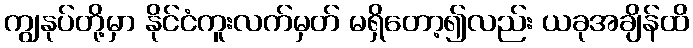
ကျွနုပ်တို့မှာ နိုင်ငံကူးလက်မှတ် မရှိတော့၍လည်း ယခုအချိန်ထိ